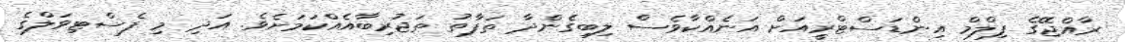
ރާއްޖޭގެ ފިލްމް އިންޑަސްޓްރީއަށް އަނެއްކާވެސް ލިބިގެންދާ ތަފާތު ތަޖުރިބާއެއްކަމަށެވެ. އަދި މި ފެސްޓިވަލްގެ